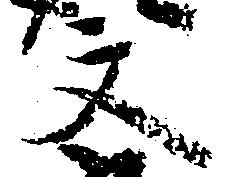
文